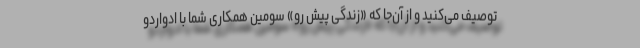
توصیف می‌کنید و از آن‌جا که «زندگی پیش رو» سومین همکاری شما با ادواردو